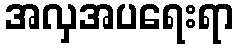
အလှအပရေးရာ